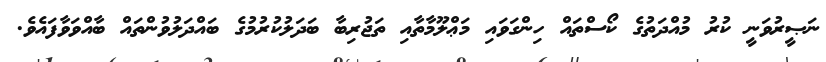
ނަޞީރުވަނީ ކުރު މުއްދަތުގެ ކޯސްތައް ހިންގަވައި މަޢްލޫމާތާއި ތަޖުރިބާ ބަދަލުކުރުމުގެ ބައްދަލުވުންތައް ބާއްވަވާފައެވެ.